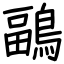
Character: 鶝